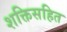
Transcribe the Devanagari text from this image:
शक्तिसहित